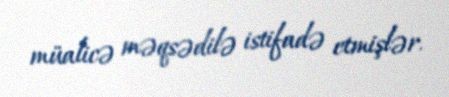
müalicə məqsədilə istifadə etmişlər.